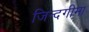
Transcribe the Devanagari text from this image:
जिन्दगीमा